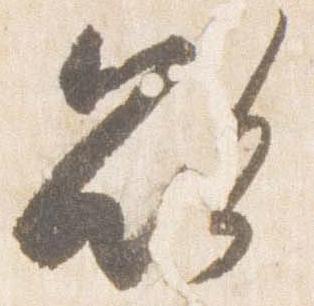
欲